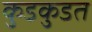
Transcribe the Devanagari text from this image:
कुडकुडत